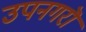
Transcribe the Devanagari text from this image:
उपनगरॊ